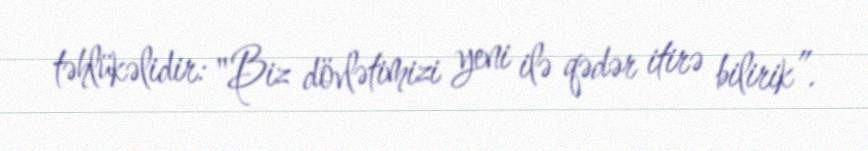
təhlükəlidir: "Biz dövlətimizi yeni ilə qədər itirə bilirik”.